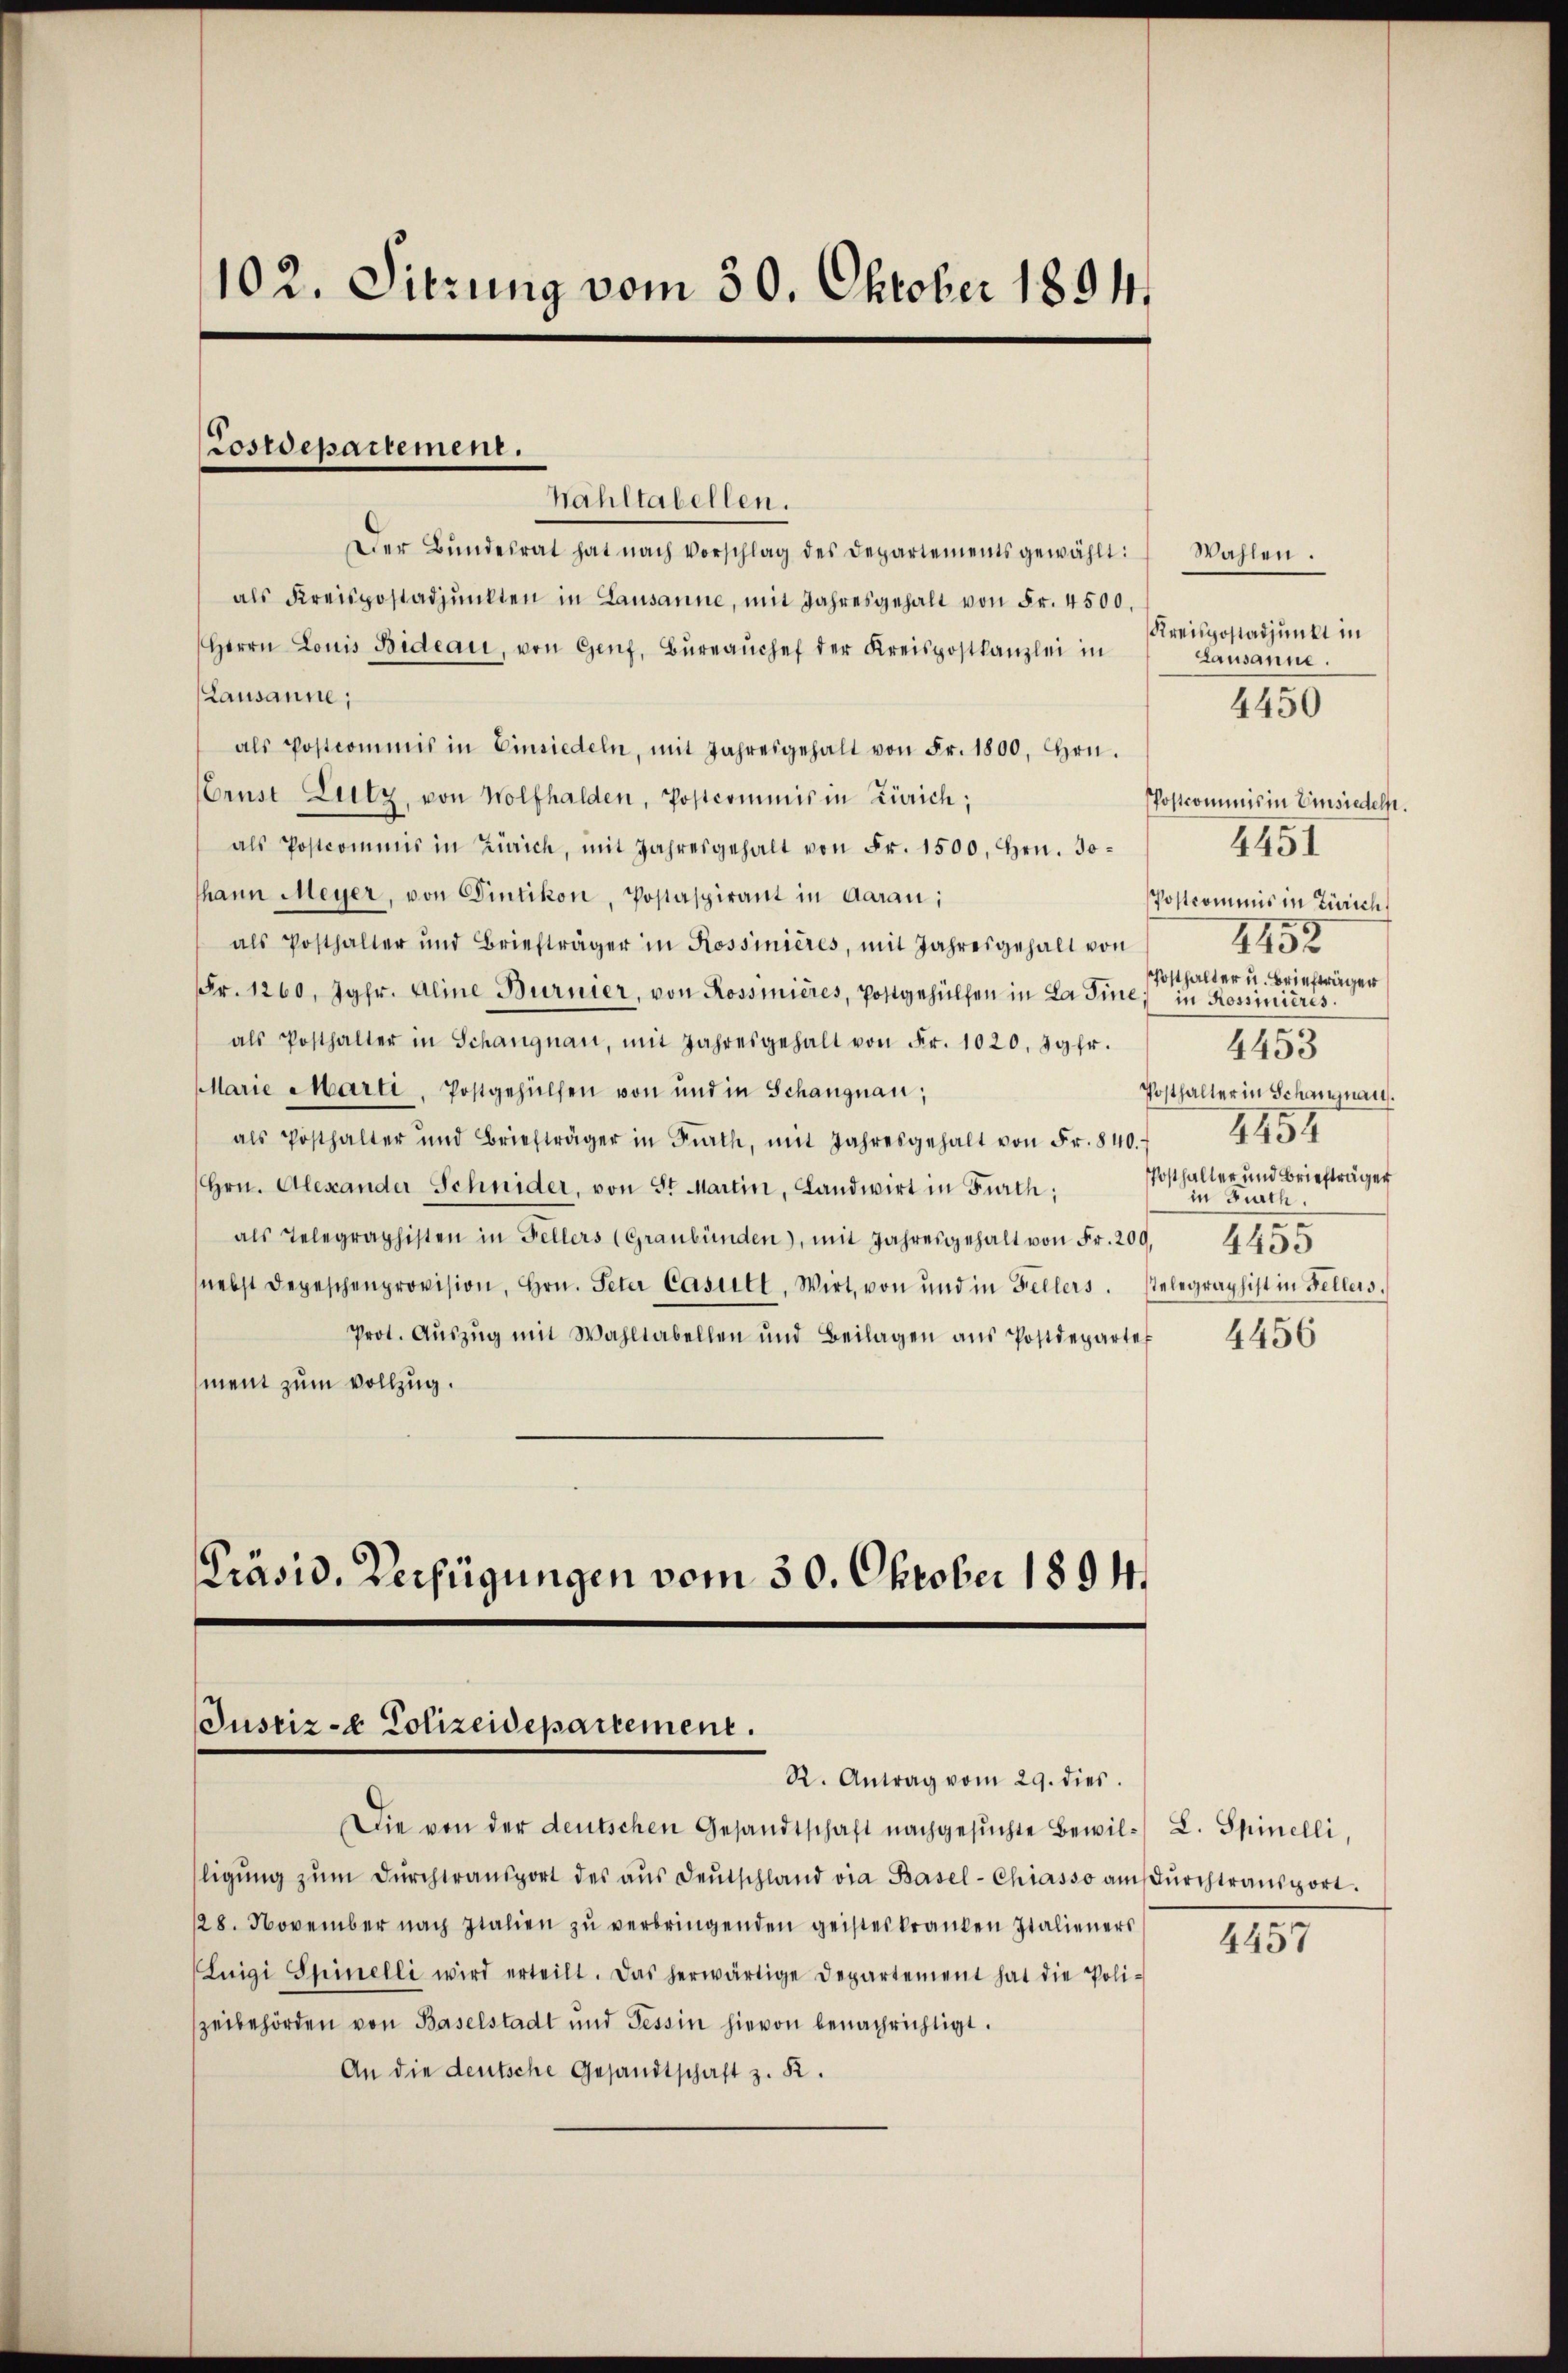
102. Sitzung vom 30. Oktober 1894.

Lostdepartement.
Wahltabellen.

Der Bŭndesrat hat nach Vorschlag des Departements gewählt:
als Kreispostadpŭnkten in Lausanne, mit Jahresgehalt von Fr. 4500.
Herrn Louis Bideau, von Genf, Büreaŭchef der Kreispostkanzlei in
Lausanne;
als Postcommis in Einsiedeln, mit Jahresgehalt von Fr. 1800. Hrn.
Crust Lutz, von Wolfhalden, Postcommis in Zürich;
als Postcommis in Zürich, mit Jahresgehalt von Fr. 1500. Hrn. Jo
hann Meyer, von Pietikon, Postaspirant in Aarau;
als Posthalter und Briefträger in Rossinières, mit Jahresgehalt von
Fr. 1260, Jgfr. Aline Burnier, von Rossinières, Postgehülfen in La Tine, in Rossinieris
als Posthalter in Schangnau, mit Jahresgehalt von Fr. 1020. Jgfr.
4453
Marie Marti, Postgehülfen von und in Schangnau,
Posthalter in Schangnau.
4454
als Posthalter und Briefträger in Frath, mit Jahresgehalt von Fr. 840.
PPosthalter und Briefträger
(Hrn. Alexander Schnider, von St. Martin, Landwirt in Fürth;
in Furth.
.
als Telegraphisten in Fellers (Graubünden), mit Jahresgehalt von Fr. 209, 445.
nebst Depeschenprovision, Hrn. Peter Casett. Wirt, von und in Fellers. stelegraphist in Fellers.
Prot. Aŭszŭg mit Wahltabellen und Beilagen aŭs Postdeparte
4456
ment zum Vollzug.

Präsid. Verfügungen vom 30. Oktober 1894.
Justiz- & Polizeidepartement.
R. Antrag vom 29. dies

Wahlen.
Kreispostadjunkt in
Lausanne.
4450

Die von der deutschen Gesandtschaft nachgesŭchte Bewil- L. Spinelli,
ligŭng zŭm Dŭrchtransport des aŭs deŭtschland via Basel-Chiasso am Dŭrchtransport.
128. November nach Italien zŭ verbringenden geisteskranken Italieners
Luigi Spinelli wird erteilt. Das herwärtige Departement hat die Poli-
zeibehörden von Baselstadt und Tessin hievon benachrichtigt.
An die deutsche Gesandtschaft z. K.

Postcommis in Einsiedeln.
4451
Postkommnis in Zürich,
2452
Posthalter u. Briefträger

4457